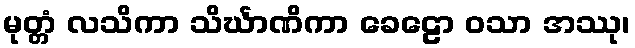
မုတ္တံ လသိကာ သိင်္ဃာဏိကာ ခေဠော ဝသာ အဿု၊